Leaving Certificate Examination (including Day School Certificate (Higher) General paper), 1937
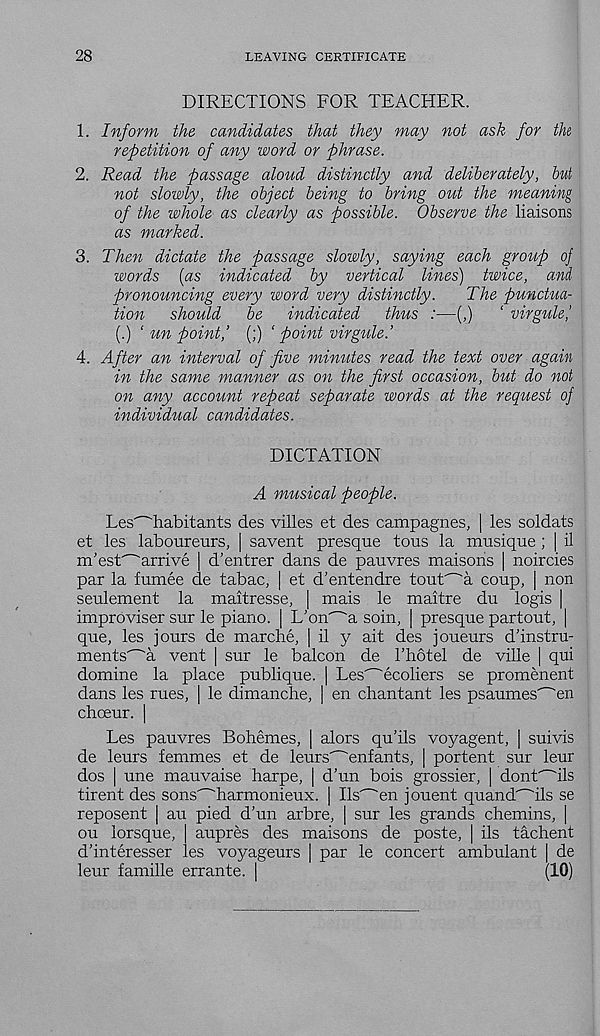
28
LEAVING CERTIFICATE
DIRECTIONS FOR TEACHER.
1. Inform the candidates that they may not ask for th
repetition of any word or phrase.
2. Read the passage ahiid distinctly and deliberately, but
not slowly, the object being to bring out the meaning
of the whole as clearly as possible. Observe the liaisons
as marked.
3. Then dictate the passage slowly, saying each group oj
words [as indicated by vertical lines) twice, and
pronouncing every word very distinctly.
The punctua-
tion should be indicated thus :—(,) ‘ virgule,’
(.) ‘ un point,’ (;) ‘ point virgule.’
4. After an interval of five minutes read the text over again
in the same manner as on the first occasion, but do not
on any account repeat separate words at the request oj
individual candidates.
DICTATION
A musical people.
Les' - 'habitants des villes et des campagnes, | les soldats
et les laboureurs, | savent presque tous la musique ; | il
m’est^arrive | d'entrer dans de pauvres maisons | noircies
par la fumee de tabac, | et d'entendre tout^a coup, | non
seulement la maitresse, | mais le maitre du logis |
improviser sur le piano. | L'on^a soin, | presque partout, |
que, les jours de marche, | il y ait des joueurs d'instru-
ments^a vent | sur le balcon de I’hotel de ville | qui
domine la place publique. | Les'~'ecoliers se promenent
dans les rues, | le dimanche, | en chantant les psaumes'—'en
choeur. |
Les pauvres Bohemes, | alors qu’ils voyagent, | suivis
de leurs femmes et de leurs"~''enfants, | portent sur leur
dos | une mauvaise harpe, | d’un bois grossier, | dont^ils
tirent des sons^harmonieux. | listen jouent quand^ils se
reposent j au pied d’un arbre, | sur les grands chemins, |
ou lorsque, aupres des maisons de poste, | ils tachent
d’interesser les voyageurs | par le concert ambulant | de
leur famille errante. |
(10)